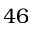
4 6